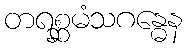
တရစ္ဆမံသဂန္ဓေန